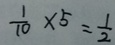
\frac { 1 } { 1 0 } \times 5 = \frac { 1 } { 2 }